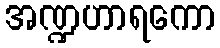
အဏ္ဍဟာရကော